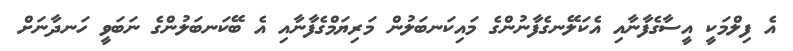
އެ ފިލްމަކީ އީސާގެފާނާއި އެކަލޭނގެފާނުންގެ މައިކަނބަލުން މަރިޔަމްގެފާނާއި އެ ބޭކަނބަލުންގެ ނަބަވީ ހަނދާނަށް